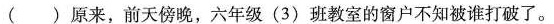
( )原来，前天傍晚，六年级(3)班教室的窗户不知被谁打破了。